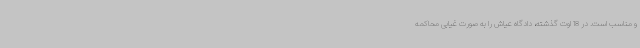
و مناسب است. در 18 اوت گذشته، دادگاه عیاش را به صورت غیابی محاکمه